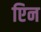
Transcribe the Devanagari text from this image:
एिन